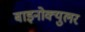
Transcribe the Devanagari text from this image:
बाइनोक्युलर